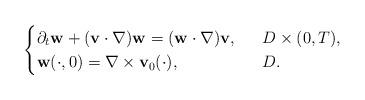
LaTeX: \begin{align*}\begin{cases}\partial_t\mathbf{w}+(\mathbf{v}\cdot \nabla)\mathbf{w}=(\mathbf{w}\cdot \nabla)\mathbf{v},\ \ &D\times (0,T),\\\mathbf{w}(\cdot, 0)=\nabla\times \mathbf{v}_0(\cdot), \ \ &D.\end{cases}\end{align*}